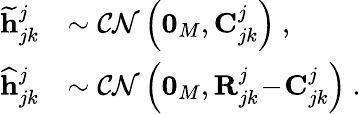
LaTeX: \begin{array}{rl}{\widetilde{\mathbf{h}}_{jk}^{j}}&{\sim\mathcal{CN}\left({\boldsymbol{0}_{M}},{\mathbf{C}_{jk}^{j}}\right)\ ,}\\ {\widehat{\mathbf{h}}_{jk}^{j}}&{\sim\mathcal{CN}\left({\boldsymbol{0}_{M}},{\mathbf{R}_{jk}^{j}\! -\! \mathbf{C}_{jk}^{j}}\right)\ .}\end{array}